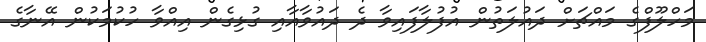
މަހްލޫފްގެ މައްޗަށް ދައުލަތުން އުފުލާފައިވާ ދެ ދައުވާއާއި ގުޅިގެން އިއްވާ ހުކުމަކުން އޭނާގެ